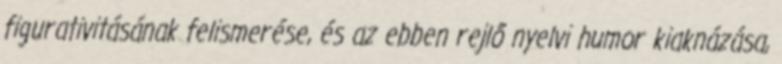
figurativitásának felismerése, és az ebben rejlő nyelvi humor kiaknázása,